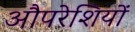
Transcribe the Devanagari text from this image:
औपरेशियों